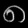
Digit: ၈